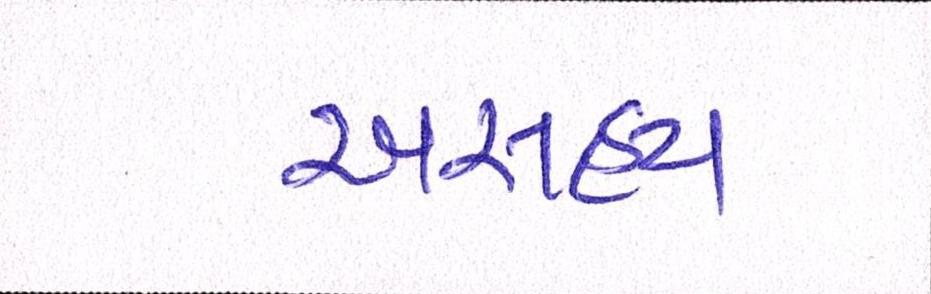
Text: અસહ્ય